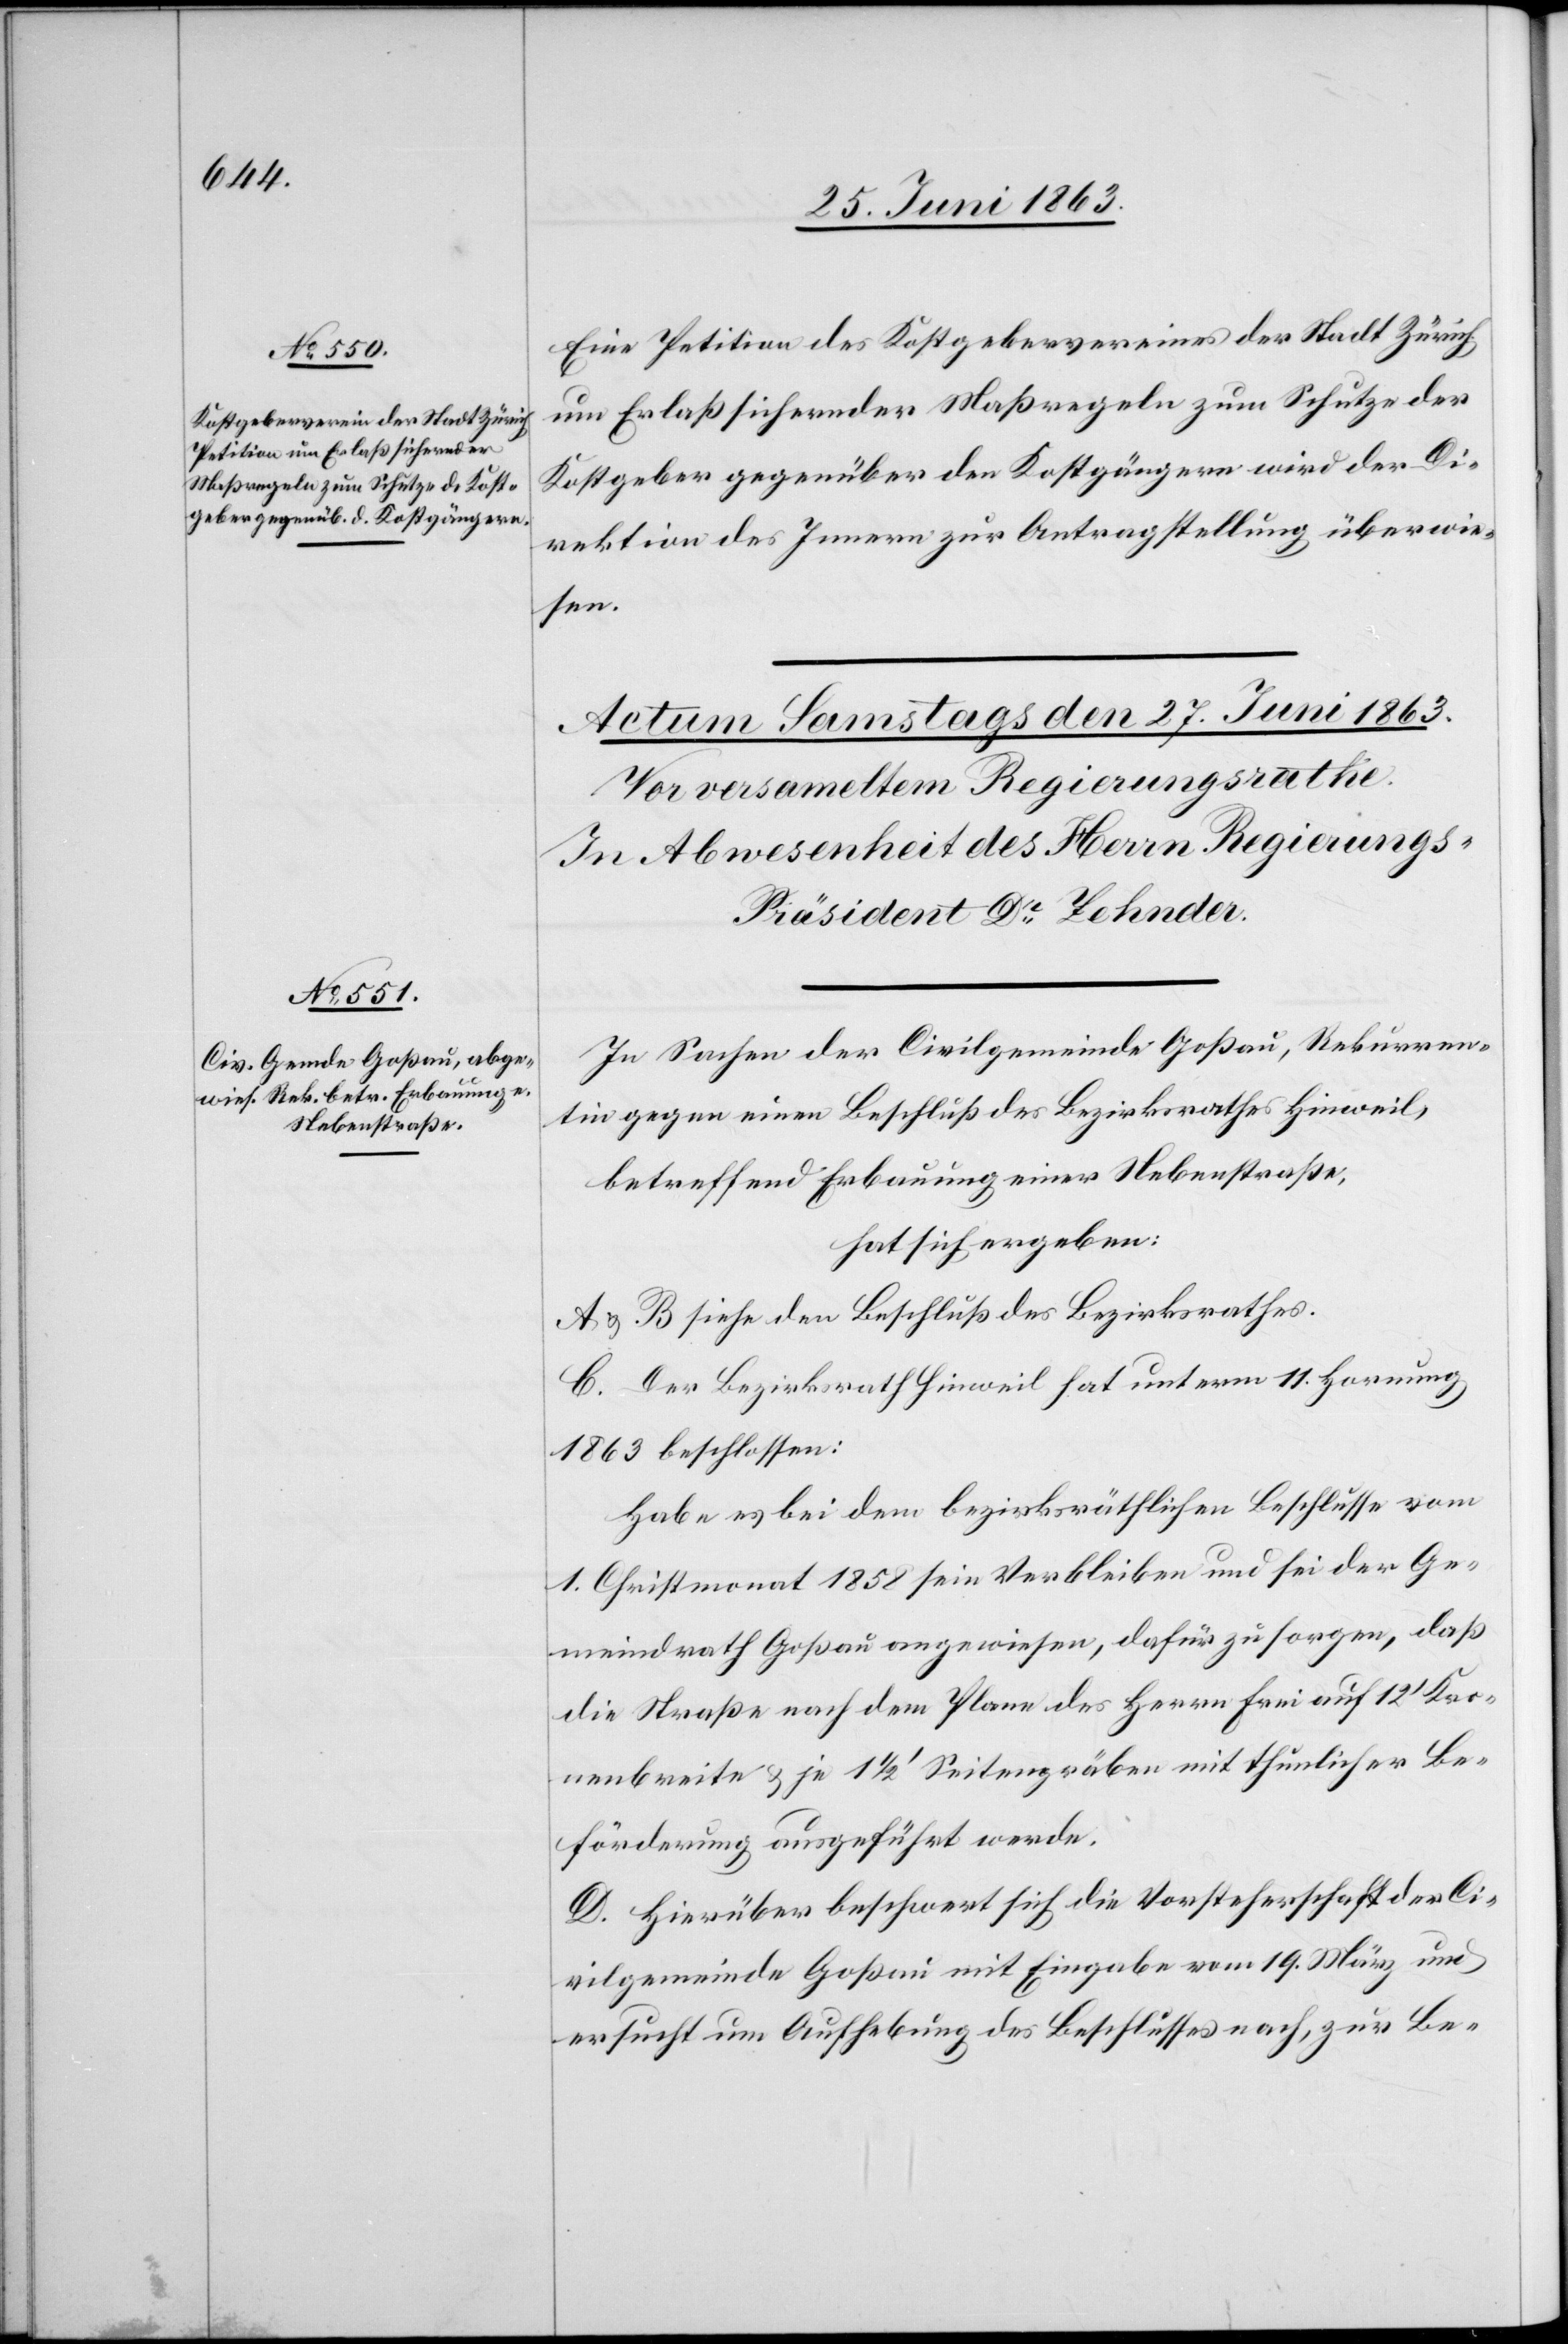
26. Juni 1863.]
Eine Petition des Kostgebervereines der Stadt Zürich
um Erlaß sichernder Maßregeln zum Schutze der
Kostgeber gegenüber den Kostgängern wird der Di¬
rektion des Innern zur Antragstellung überwie¬
sen.
In Sachen der Civilgemeinde Goßau, Rekurren¬
tin gegen einen Beschluß des Bezirksrathes Hinweil,
betreffend Erbauung einer Nebenstraße,
hat sich ergeben:
A & B siehe den Beschluß des Bezirksrathes.
C. Der Bezirksrath Hinweil hat unterm 11. Hornung
1863 beschlossen:
Habe es bei dem bezirksräthlichen Beschlusse vom
1. Christmonat 1858 sein Verbleiben und sei der Ge¬
meindrath Goßau angewiesen, dafür zu sorgen, daß
die Straße nach dem Plane des Herrn Frei auf 12' Kro¬
nenbreite & je 1 1/2' Seitengräben mit thunlicher Be¬
förderung ausgeführt werde.
D. Hierüber beschert sich die Vorsteherschaft der Ci¬
vilgemeinde Goßau mit Eingabe vom 19. März und
ersucht um Aufhebung des Beschlusses nach, zur Be-